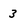
Character: 3